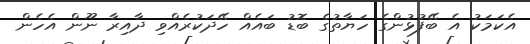
އެކަމަކު އެ ބޭފުޅުންގެ ހަޔާތުގެ ބޮޑު ބައެއް ހޭދަކުރެއްވި ދާއިރާ ނޫން އެހެން